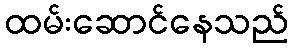
ထမ်းဆောင်နေသည်